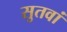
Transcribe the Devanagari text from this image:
सुतवां